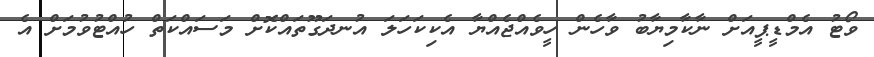
ވޯޓު އެމްޑީޕީއަށް ނާކާމިޔާބު ވާހެން ހީވެއްޖެއްޔާ އެކިކަހަލަ އުނދަގޫތައްކޮށް މަސައްކަތް ހުއްޓުވުމަށް އެ